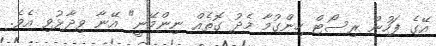
އޭގެ ފަހުން ރިސޯޓް ހިންގުމާ މެދު ގޮތެއް ނިންމޭނީ" އޭނާ ވިދާޅުވި އެވެ.